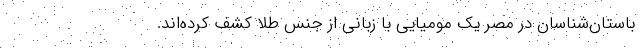
باستان‌شناسان در مصر یک مومیایی با زبانی از جنس طلا کشف کرده‌اند.